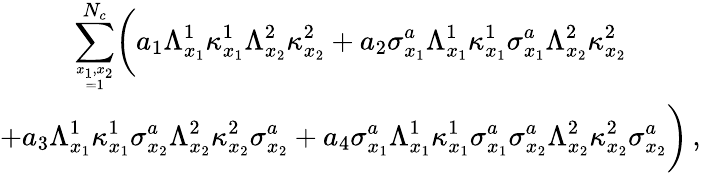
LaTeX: \begin{array}{c}{{\displaystyle\sum_{x_{1},x_{2}\atop=1}^{N_{c}}\biggl(a_{1}\Lambda_{x_{1}}^{1}\kappa_{x_{1}}^{1}\Lambda_{x_{2}}^{2}\kappa_{x_{2}}^{2}+a_{2}\sigma_{x_{1}}^{a}\Lambda_{x_{1}}^{1}\kappa_{x_{1}}^{1}\sigma_{x_{1}}^{a}\Lambda_{x_{2}}^{2}\kappa_{x_{2}}^{2}}}\\ {{\displaystyle+a_{3}\Lambda_{x_{1}}^{1}\kappa_{x_{1}}^{1}\sigma_{x_{2}}^{a}\Lambda_{x_{2}}^{2}\kappa_{x_{2}}^{2}\sigma_{x_{2}}^{a}+a_{4}\sigma_{x_{1}}^{a}\Lambda_{x_{1}}^{1}\kappa_{x_{1}}^{1}\sigma_{x_{1}}^{a}\sigma_{x_{2}}^{a}\Lambda_{x_{2}}^{2}\kappa_{x_{2}}^{2}\sigma_{x_{2}}^{a}\biggr)\, ,}}\end{array}